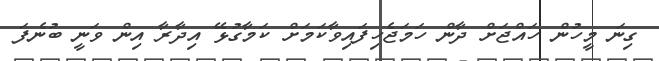
ގިނަ މީހުން ހައްޖަށް ދާން ހަމަޖެހިފައިވާކަމަށް ކަމާގުޅޭ އިދާރާ އިން ވަނީ ބުނެފަ